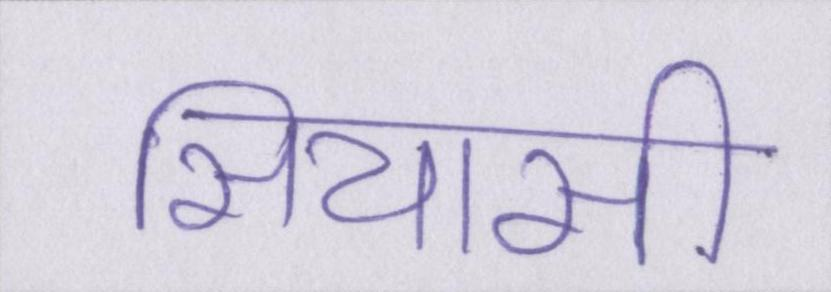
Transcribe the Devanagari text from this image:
सियासी